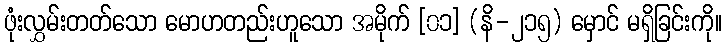
ဖုံးလွှမ်းတတ်သော မောဟတည်းဟူသော အမိုက် [၀၁] (နိ-၂၁၅) မှောင် မရှိခြင်းကို။